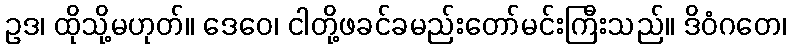
ဥဒ၊ ထိုသို့မဟုတ်။ ဒေဝေ၊ ငါတို့ဖခင်ခမည်းတော်မင်းကြီးသည်။ ဒိဝံဂတေ၊